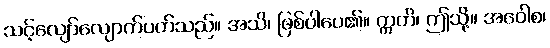
သင့်လျော်လျောက်ပတ်သည်။ အသိ၊ ဖြစ်ပါပေ၏။ ဣတိ၊ ဤသို့။ အဝေါစ၊